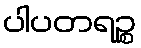
ပါပတရဉ္စ